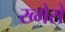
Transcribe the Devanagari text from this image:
ख्मेरों